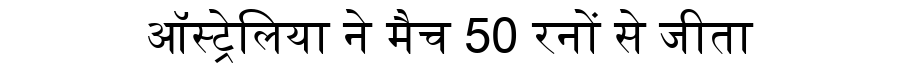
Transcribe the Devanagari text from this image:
ऑस्ट्रेलिया ने मैच 50 रनों से जीता